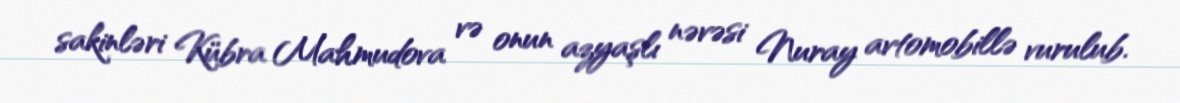
sakinləri Kübra Mahmudova və onun azyaşlı nəvəsi Nuray avtomobillə vurulub.